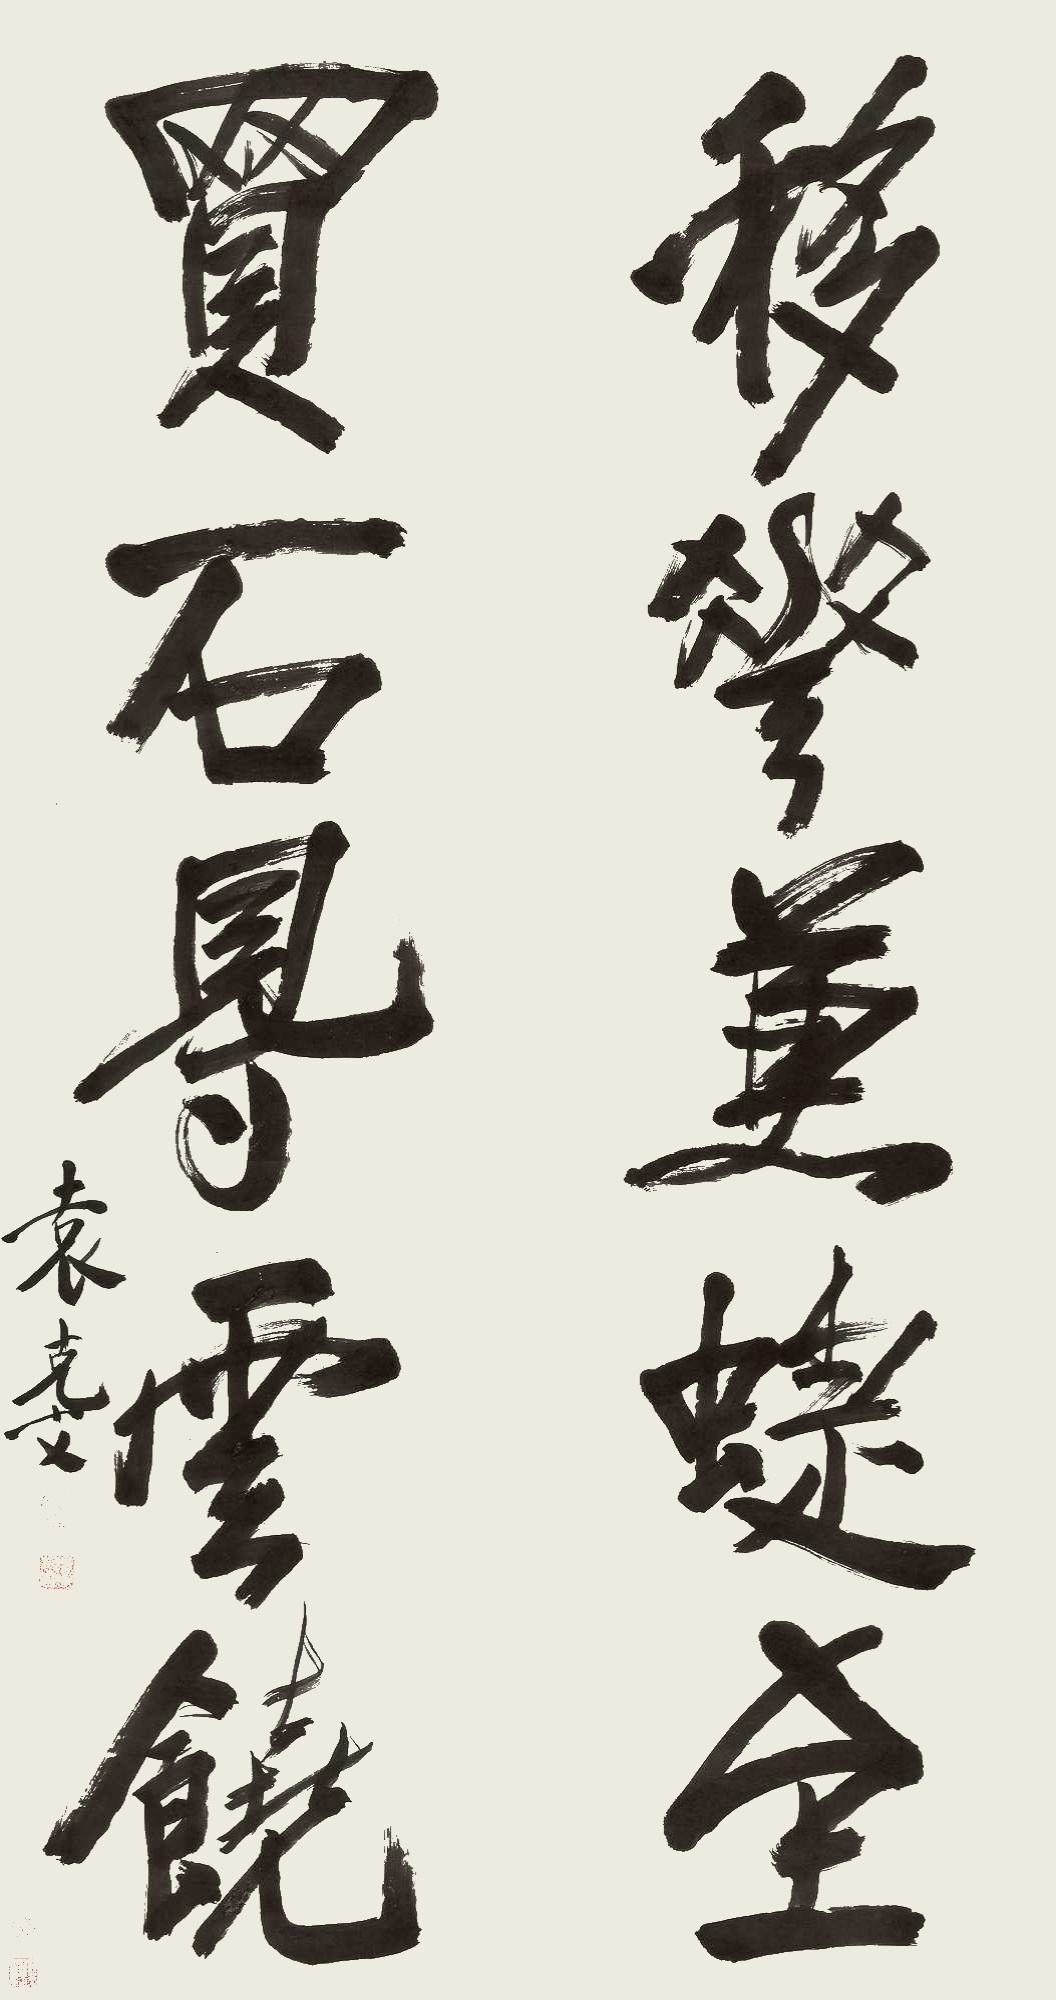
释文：移花兼蝶至，买石得云饶。袁克文。